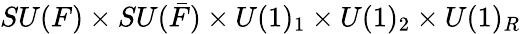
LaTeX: SU(F)\times SU(\bar{F})\times U(1)_{1}\times U(1)_{2}\times U(1)_{R}